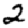
Digit: 2